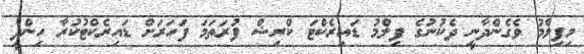
މިފިލްމު ވެގެންދާނީ ދެކުނުގެ ފިލްމު ޑައިރެކްޓަ ކްރިޝް ފުރަތަމަ ފަހަރަށް ޑައިރެކްޓުކުރާ ހިންދީ